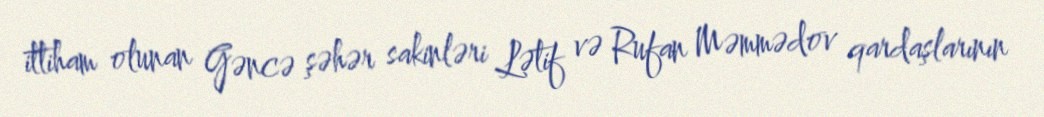
ittiham olunan Gəncə şəhər sakinləri Lətif və Rufan Məmmədov qardaşlarının